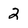
Character: 2